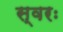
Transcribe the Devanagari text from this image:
स्वरः